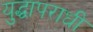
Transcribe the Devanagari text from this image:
युद्धापराधी